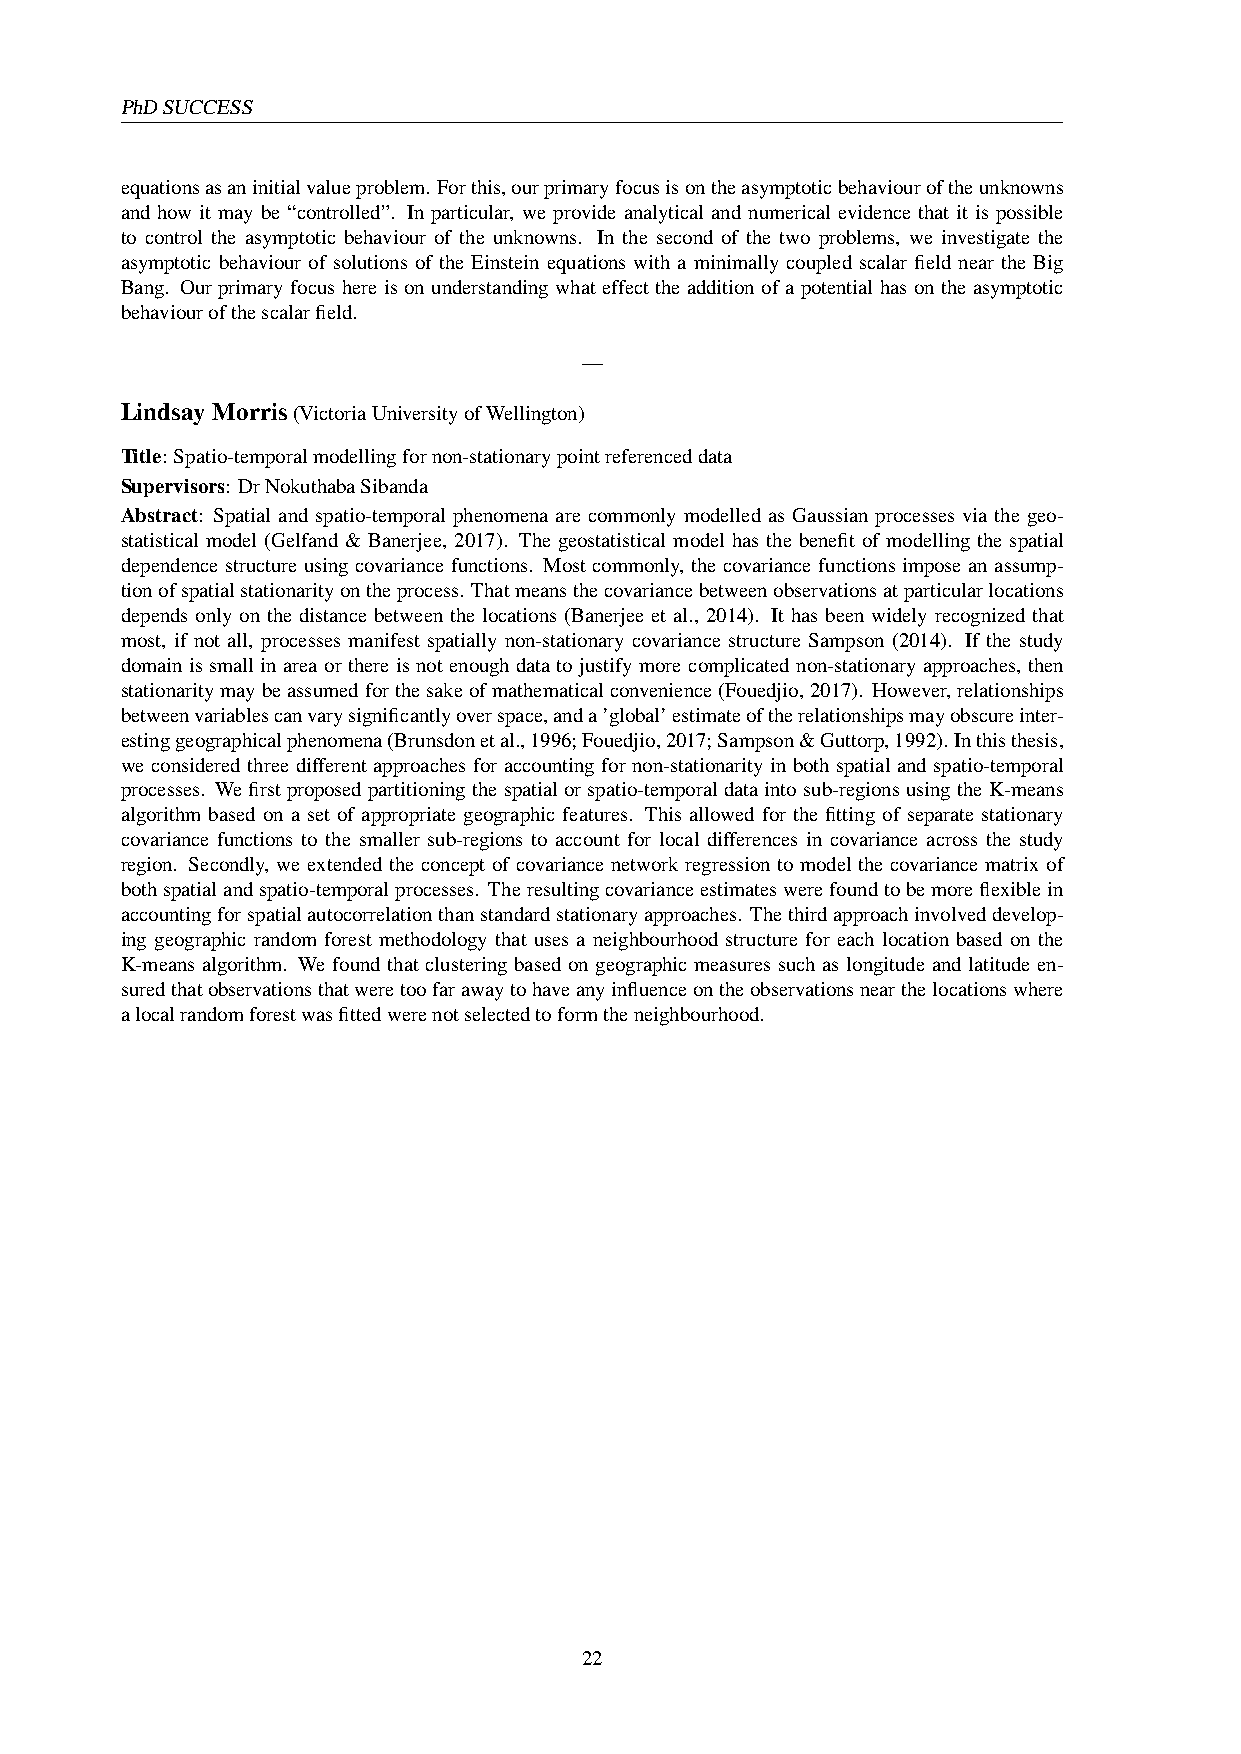
PhDSUCCESS
 equationsasaninitialvalueproblem. Forthis,ourprimaryfocusisontheasymptoticbehaviouroftheunknowns
 and how it may be “controlled”. In particular, we provide analytical and numerical evidence that it is possible
 to control the asymptotic behaviour of the unknowns. In the second of the two problems, we investigate the
 asymptotic behaviour of solutions of the Einstein equations with a minimally coupled scalar field near the Big
 Bang. Our primary focus here is on understanding what effect the addition of a potential has on the asymptotic
 behaviourofthescalarfield.
 —
 LindsayMorris(VictoriaUniversityofWellington)
 Title: Spatio-temporalmodellingfornon-stationarypointreferenceddata
 Supervisors: DrNokuthabaSibanda
 Abstract: Spatial and spatio-temporal phenomena are commonly modelled as Gaussian processes via the geo-
 statistical model (Gelfand & Banerjee, 2017). The geostatistical model has the benefit of modelling the spatial
 dependence structure using covariance functions. Most commonly, the covariance functions impose an assump-
 tionofspatialstationarityontheprocess. Thatmeansthecovariancebetweenobservationsatparticularlocations
 depends only on the distance between the locations (Banerjee et al., 2014). It has been widely recognized that
 most, if not all, processes manifest spatially non-stationary covariance structure Sampson (2014). If the study
 domain is small in area or there is not enough data to justify more complicated non-stationary approaches, then
 stationaritymaybeassumedforthesakeofmathematicalconvenience(Fouedjio,2017). However,relationships
 betweenvariablescanvarysignificantlyoverspace,anda’global’estimateoftherelationshipsmayobscureinter-
 estinggeographicalphenomena(Brunsdonetal.,1996;Fouedjio,2017;Sampson&Guttorp,1992). Inthisthesis,
 we considered three different approaches for accounting for non-stationarity in both spatial and spatio-temporal
 processes. Wefirstproposedpartitioningthespatialorspatio-temporaldataintosub-regionsusingtheK-means
 algorithm based on a set of appropriate geographic features. This allowed for the fitting of separate stationary
 covariance functions to the smaller sub-regions to account for local differences in covariance across the study
 region. Secondly, we extended the concept of covariance network regression to model the covariance matrix of
 bothspatialandspatio-temporalprocesses. Theresultingcovarianceestimateswerefoundtobemoreflexiblein
 accountingforspatialautocorrelationthanstandardstationaryapproaches. Thethirdapproachinvolveddevelop-
 ing geographic random forest methodology that uses a neighbourhood structure for each location based on the
 K-means algorithm. We found that clustering based on geographic measures such as longitude and latitude en-
 suredthatobservationsthatweretoofarawaytohaveanyinfluenceontheobservationsnearthelocationswhere
 alocalrandomforestwasfittedwerenotselectedtoformtheneighbourhood.
 22